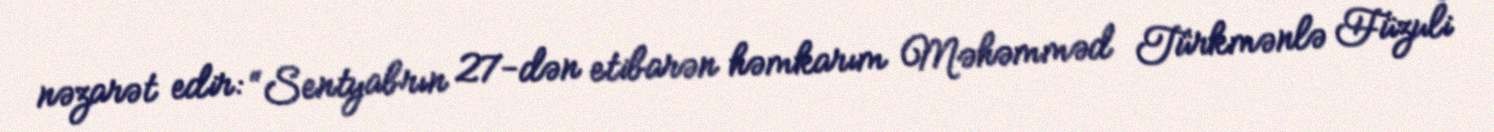
nəzarət edir: “Sentyabrın 27-dən etibarən həmkarım Məhəmməd Türkmənlə Füzuli